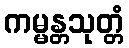
ကမ္မန္တသုတ္တံ